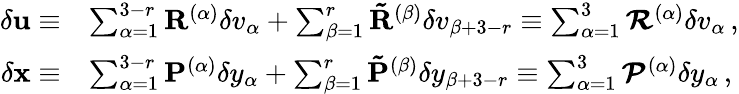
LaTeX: \begin{array}{rl}{\delta{\mathbf{u}}\equiv}&{\sum_{\alpha=1}^{3-r}\mathbf{R}^{(\alpha)}\delta v_{\alpha}+\sum_{\beta=1}^{r}\mathbf{\tilde{R}}^{(\beta)}\delta v_{\beta+3-r}\equiv\sum_{\alpha=1}^{3}\mathbfcal{R}^{(\alpha)}\delta v_{\alpha}\, ,}\\ {\delta{\mathbf{x}}\equiv}&{\sum_{\alpha=1}^{3-r}\mathbf{P}^{(\alpha)}\delta y_{\alpha}+\sum_{\beta=1}^{r}\mathbf{\tilde{P}}^{(\beta)}\delta y_{\beta+3-r}\equiv\sum_{\alpha=1}^{3}\mathbfcal{P}^{(\alpha)}\delta y_{\alpha}\, ,}\end{array}